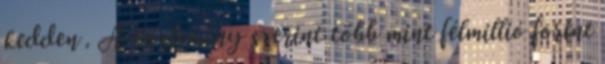
kedden . A közlemény szerint több mint félmillió forint